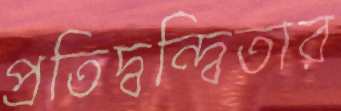
প্রতিদ্বন্দ্বিতার